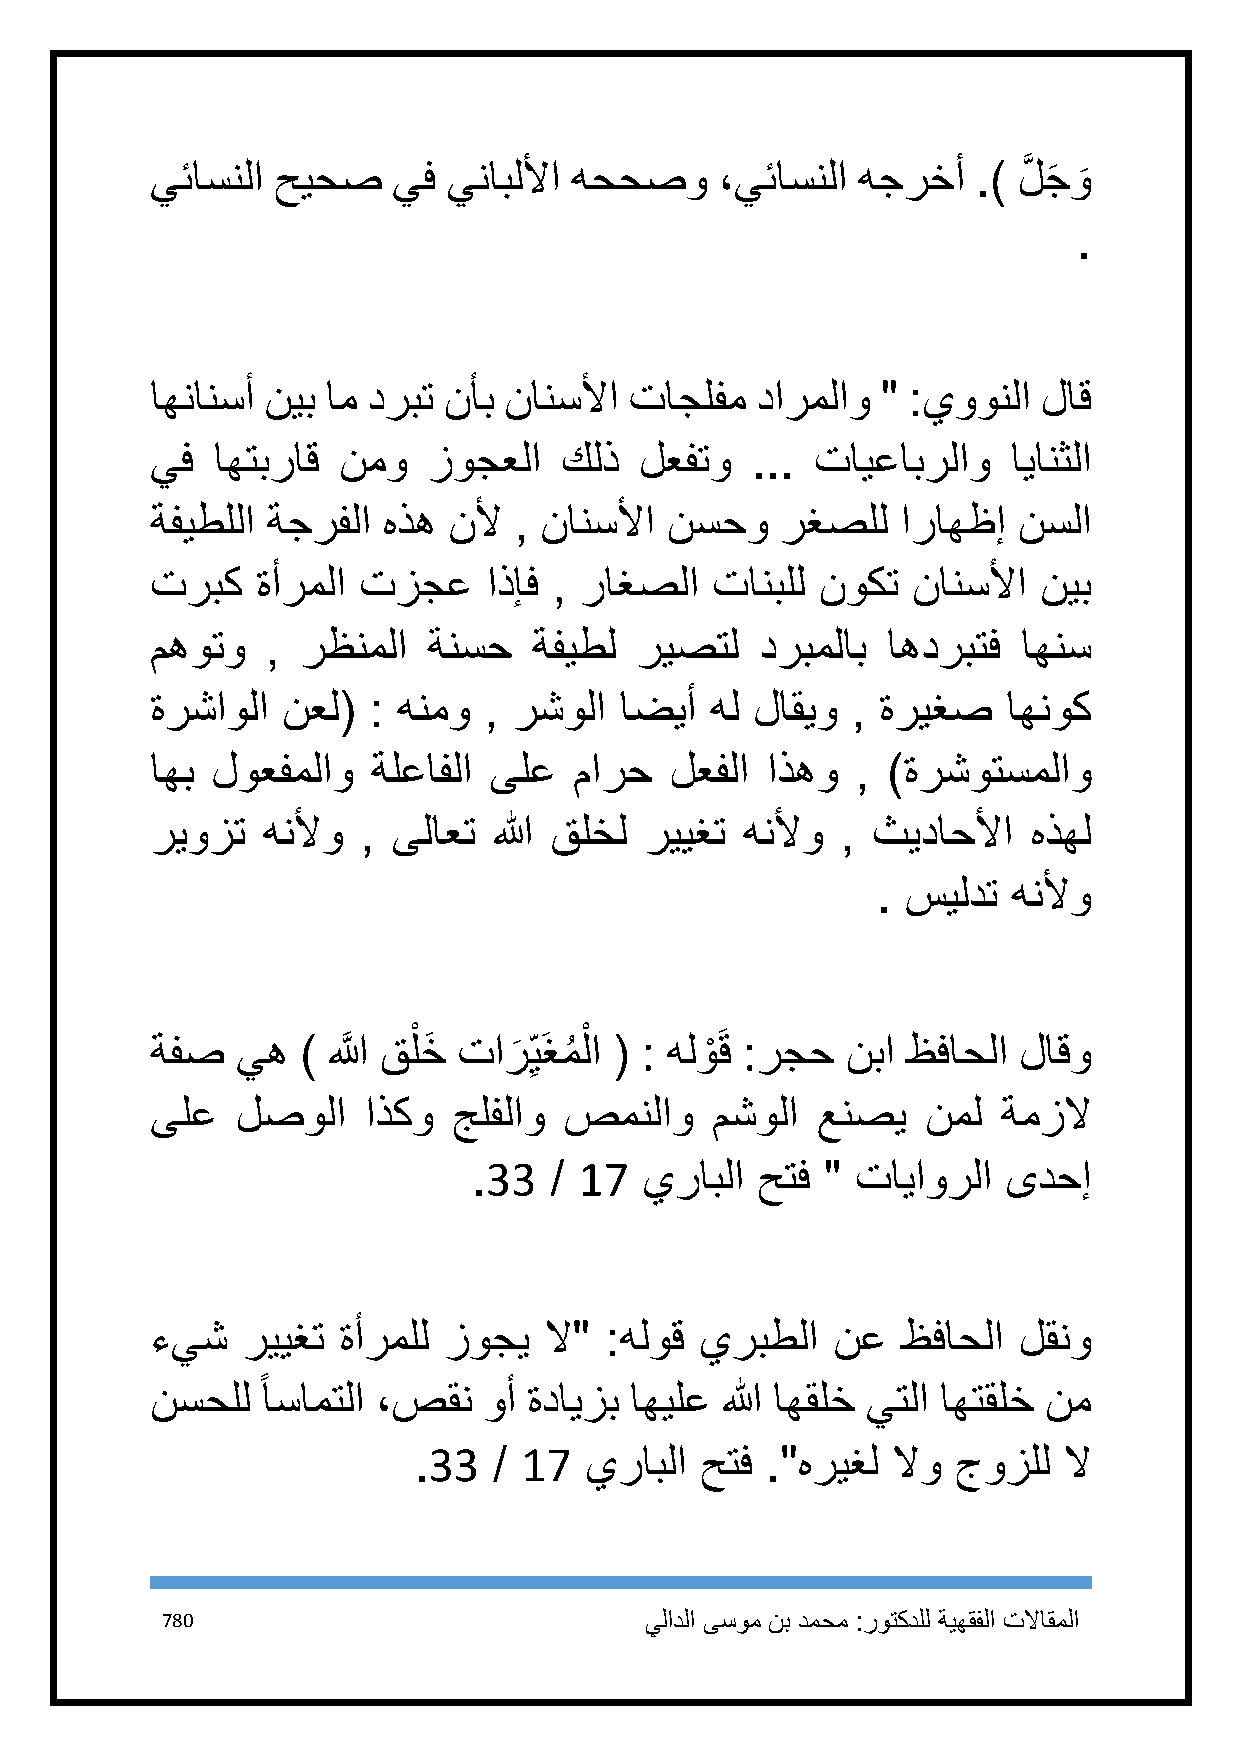
يئاسنلا حيحص    يف  ينابللأا هححصو    ،يئاسنلا هجرخأ   .) لَّ جَ و
 َ
 .
 اهنانسأ نيب ام دربت نأب نانسلأا تاجلفم  دارملاو " :يوونلا  لاق
 يف  اهتبراق نمو   زوجعلا   كلذ  لعفتو   ... تايعابرلاو   ايانثلا
 ةفيطللا ةجرفلا هذه  نلأ , نانسلأا نسحو    رغصلل   اراهظإ نسلا
 تربك   ةأرملا تزجع    اذإف , راغصلا  تانبلل نوكت  نانسلأا  نيب
 مهوتو   , رظنملا  ةنسح   ةفيطل  ريصتل   دربملاب  اهدربتف  اهنس
 ةرشاولا  نعل( : هنمو  , رشولا  اضيأ  هل لاقيو , ةريغص    اهنوك
 اهب لوعفملاو   ةلعافلا ىلع  مارح  لعفلا  اذهو  , )ةرشوتسملاو
 ريوزت  هنلأو  , ىلاعت  الله قلخل رييغت هنلأو  , ثيداحلأا  هذهل
 . سيلدت  هنلأو
 ْ          ْ
 ةفص   يه  ) اللََّّ قلخَ تار
 َ
 ِيَغمُ لا ( : هلوْ َق :رجح نبا ظفاحلا لاقو
 ىلع   لصولا   اذكو  جلفلاو صمنلاو    مشولا  عنصي   نمل  ةمزلا
 .33  / 17   يرابلا حتف "  تاياورلا  ىدحإ
 ءيش   رييغت ةأرملل زوجي   لا" :هلوق يربطلا   نع   ظفاحلا لقنو
 ً
 نسحلل  اسامتلا ،صقن   وأ ةدايزب اهيلع الله اهقلخ يتلا اهتقلخ نم
 .33   / 17  يرابلا حتف  ."هريغل لاو جوزلل  لا
 781                             يلادلا ىسوم نب دمحم :روتكدلل ةيهقفلا تلااقملا